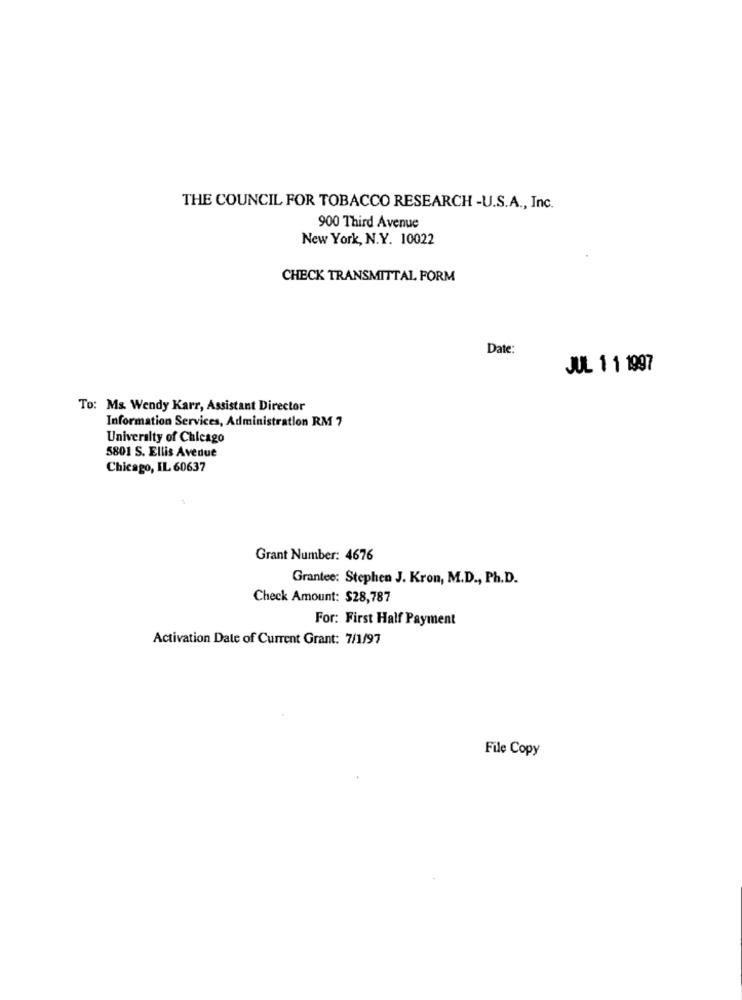
THE COUNCIL FOR TOBACCO RESEARCH -U.S.A ., Inc.
900 Third Avenue
New York, N.Y. 10022
CHECK TRANSMITTAL. FORM
Date:
JUL 1 1 1997
To: Ms. Wendy Karr, Assistant Director
Information Services, Administration RM 7
University of Chicago
5801 S. Ellis Avedue
Chicago, IL 60637
Grant Number: 4676
Grantee: Stephen J. Kron, M.D ., Ph.D.
Check Amount: $28,787
For: First Half Payment
Activation Date of Current Grant: 7/1/97
File Copy